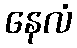
နေလံ